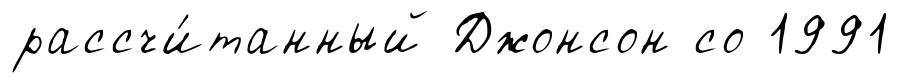
рассчи́танный Джонсон со 1991